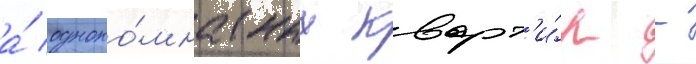
а́ одноко́мнатных кварт'и́р -